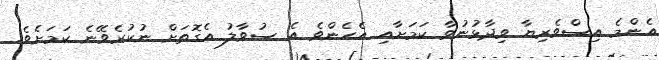
އެންމެ އިސްވެރިޔާ ވިދާޅުނުވާ ކަމަށާއި އެހެންވެ އެ ސުވާލު އެގޮތަށް ނުކުރެވޭނެ ކަމަށެވެ.